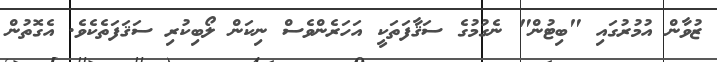
ޒުވާން އުމުރުގައި "ބިޓުން" ނެގުމުގެ ސަޤާފަތަކީ އަހަރެންވެސް ނިކަން ލޯބިކުރި ސަޤަފަތެކެވެ. އެގޮތުން